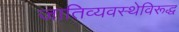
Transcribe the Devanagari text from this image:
जातिव्यवस्थेविरूद्ध